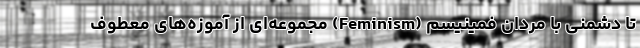
تا دشمنی با مردان فمینیسم (Feminism) مجموعه‌ای از آموزه‌های معطوف